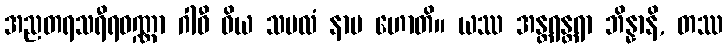
အညတရသရီရဝဏ္ဏာ ဂါဝီ ဝိယ သဗလံ နာမ ဟောတိ။ ယဿ အန္တရန္တရာ ဘိန္နာနိ, တဿ